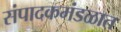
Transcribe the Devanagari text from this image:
संपादकमंडळात